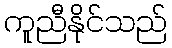
ကူညီနိုင်သည်